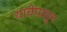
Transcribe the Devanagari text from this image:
याचेपासुन